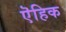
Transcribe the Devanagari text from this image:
ऎहिक